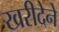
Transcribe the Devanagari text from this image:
खरीदेने